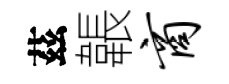
茲韔商